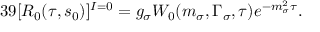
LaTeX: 3 9 [ R _ { 0 } ( \tau , s _ { 0 } ) ] ^ { I = 0 } = g _ { \sigma } W _ { 0 } ( m _ { \sigma } , \Gamma _ { \sigma } , \tau ) e ^ { - m _ { \sigma } ^ { 2 } \tau } .